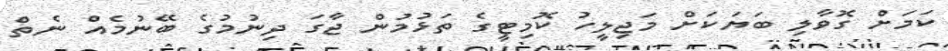
ކަމަށް ގޮވާލި ބަޔަކަށް މަޖިލީހު ކޮމިޓީގެ ތަޅުމުން ޖާގަ ދިނުމުގެ ބޭނުމެއް ނެތް